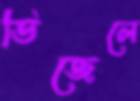
ডিজেলে